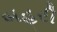
બહરી